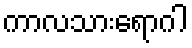
ကာလသားရောဂါ